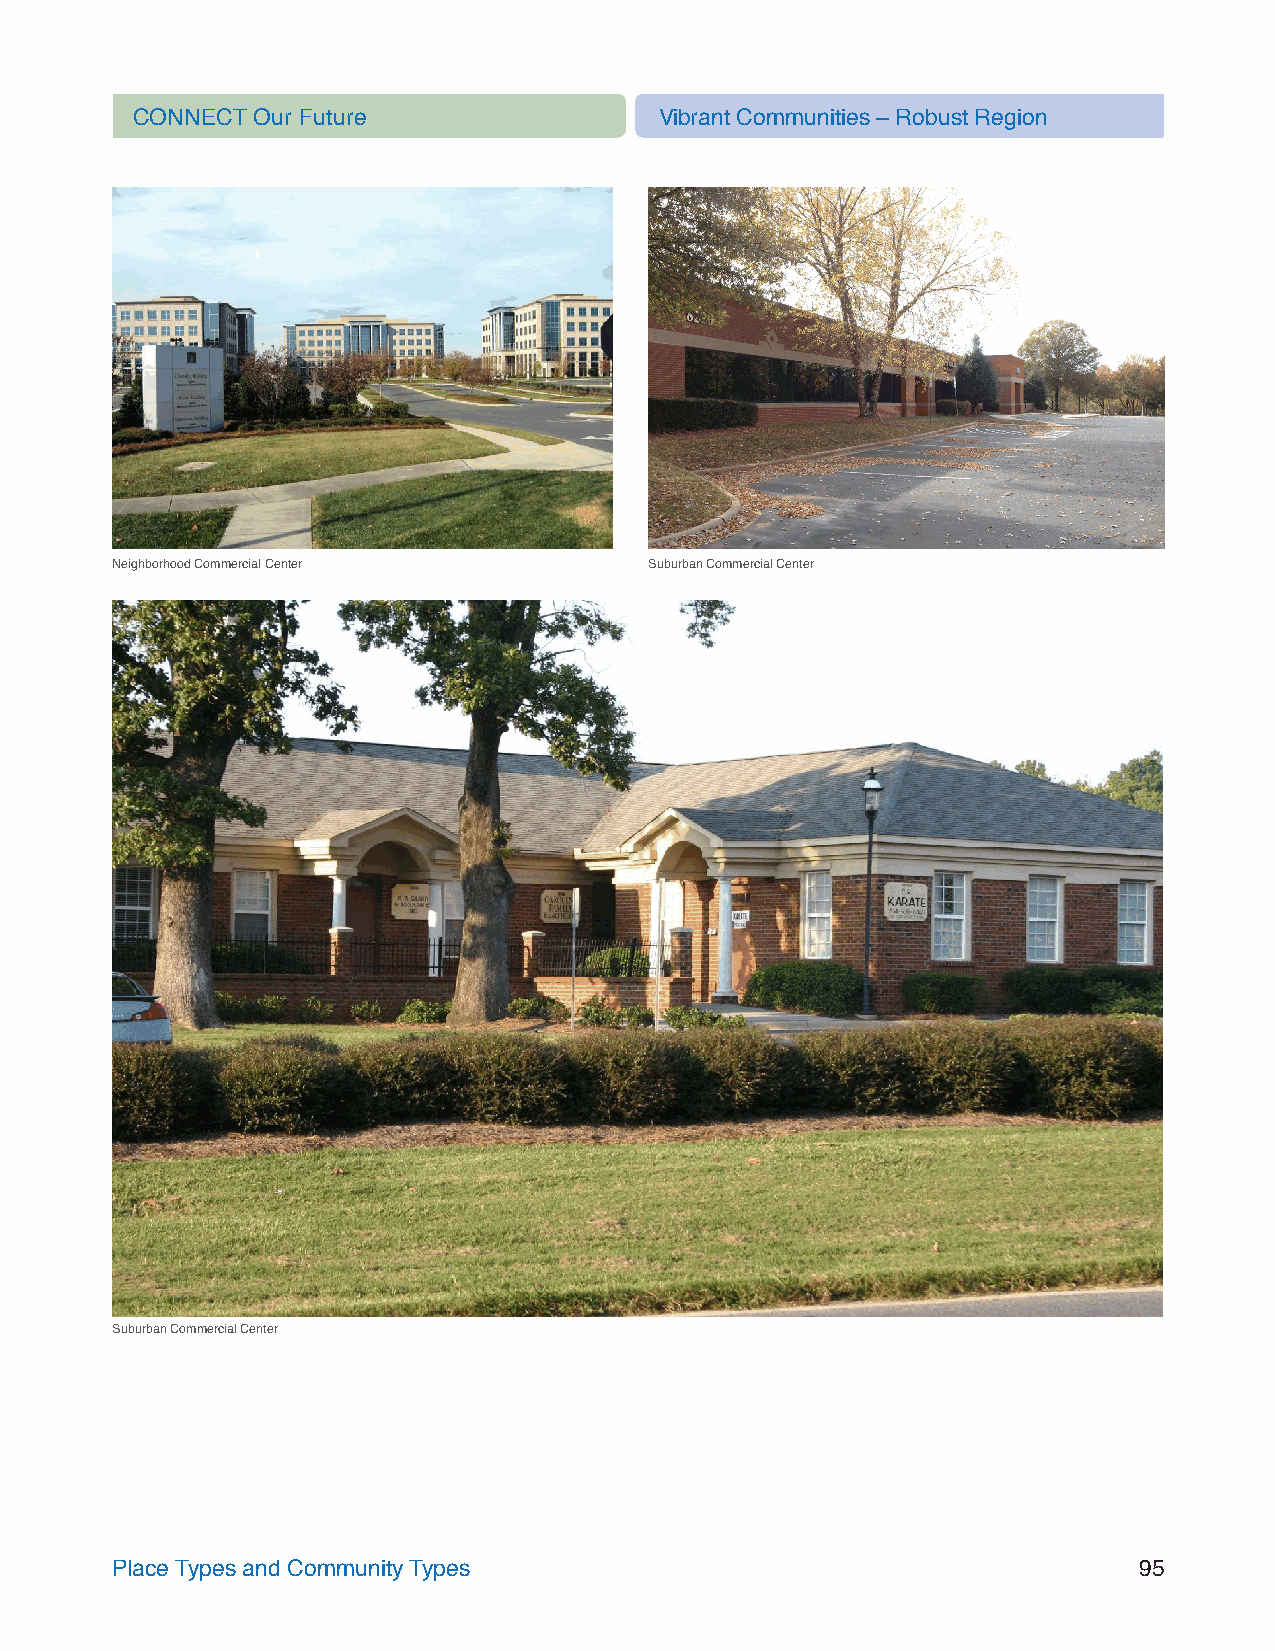
CONNECT Our Future                 Vibrant Communities – Robust Region
 Neighborhood Commercial Center      Suburban Commercial Center
 Suburban Commercial Center
 Place Types and Community Types                                     95